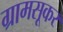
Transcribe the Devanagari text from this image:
ग्रामसूकर